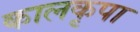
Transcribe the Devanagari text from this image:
कालकृपा